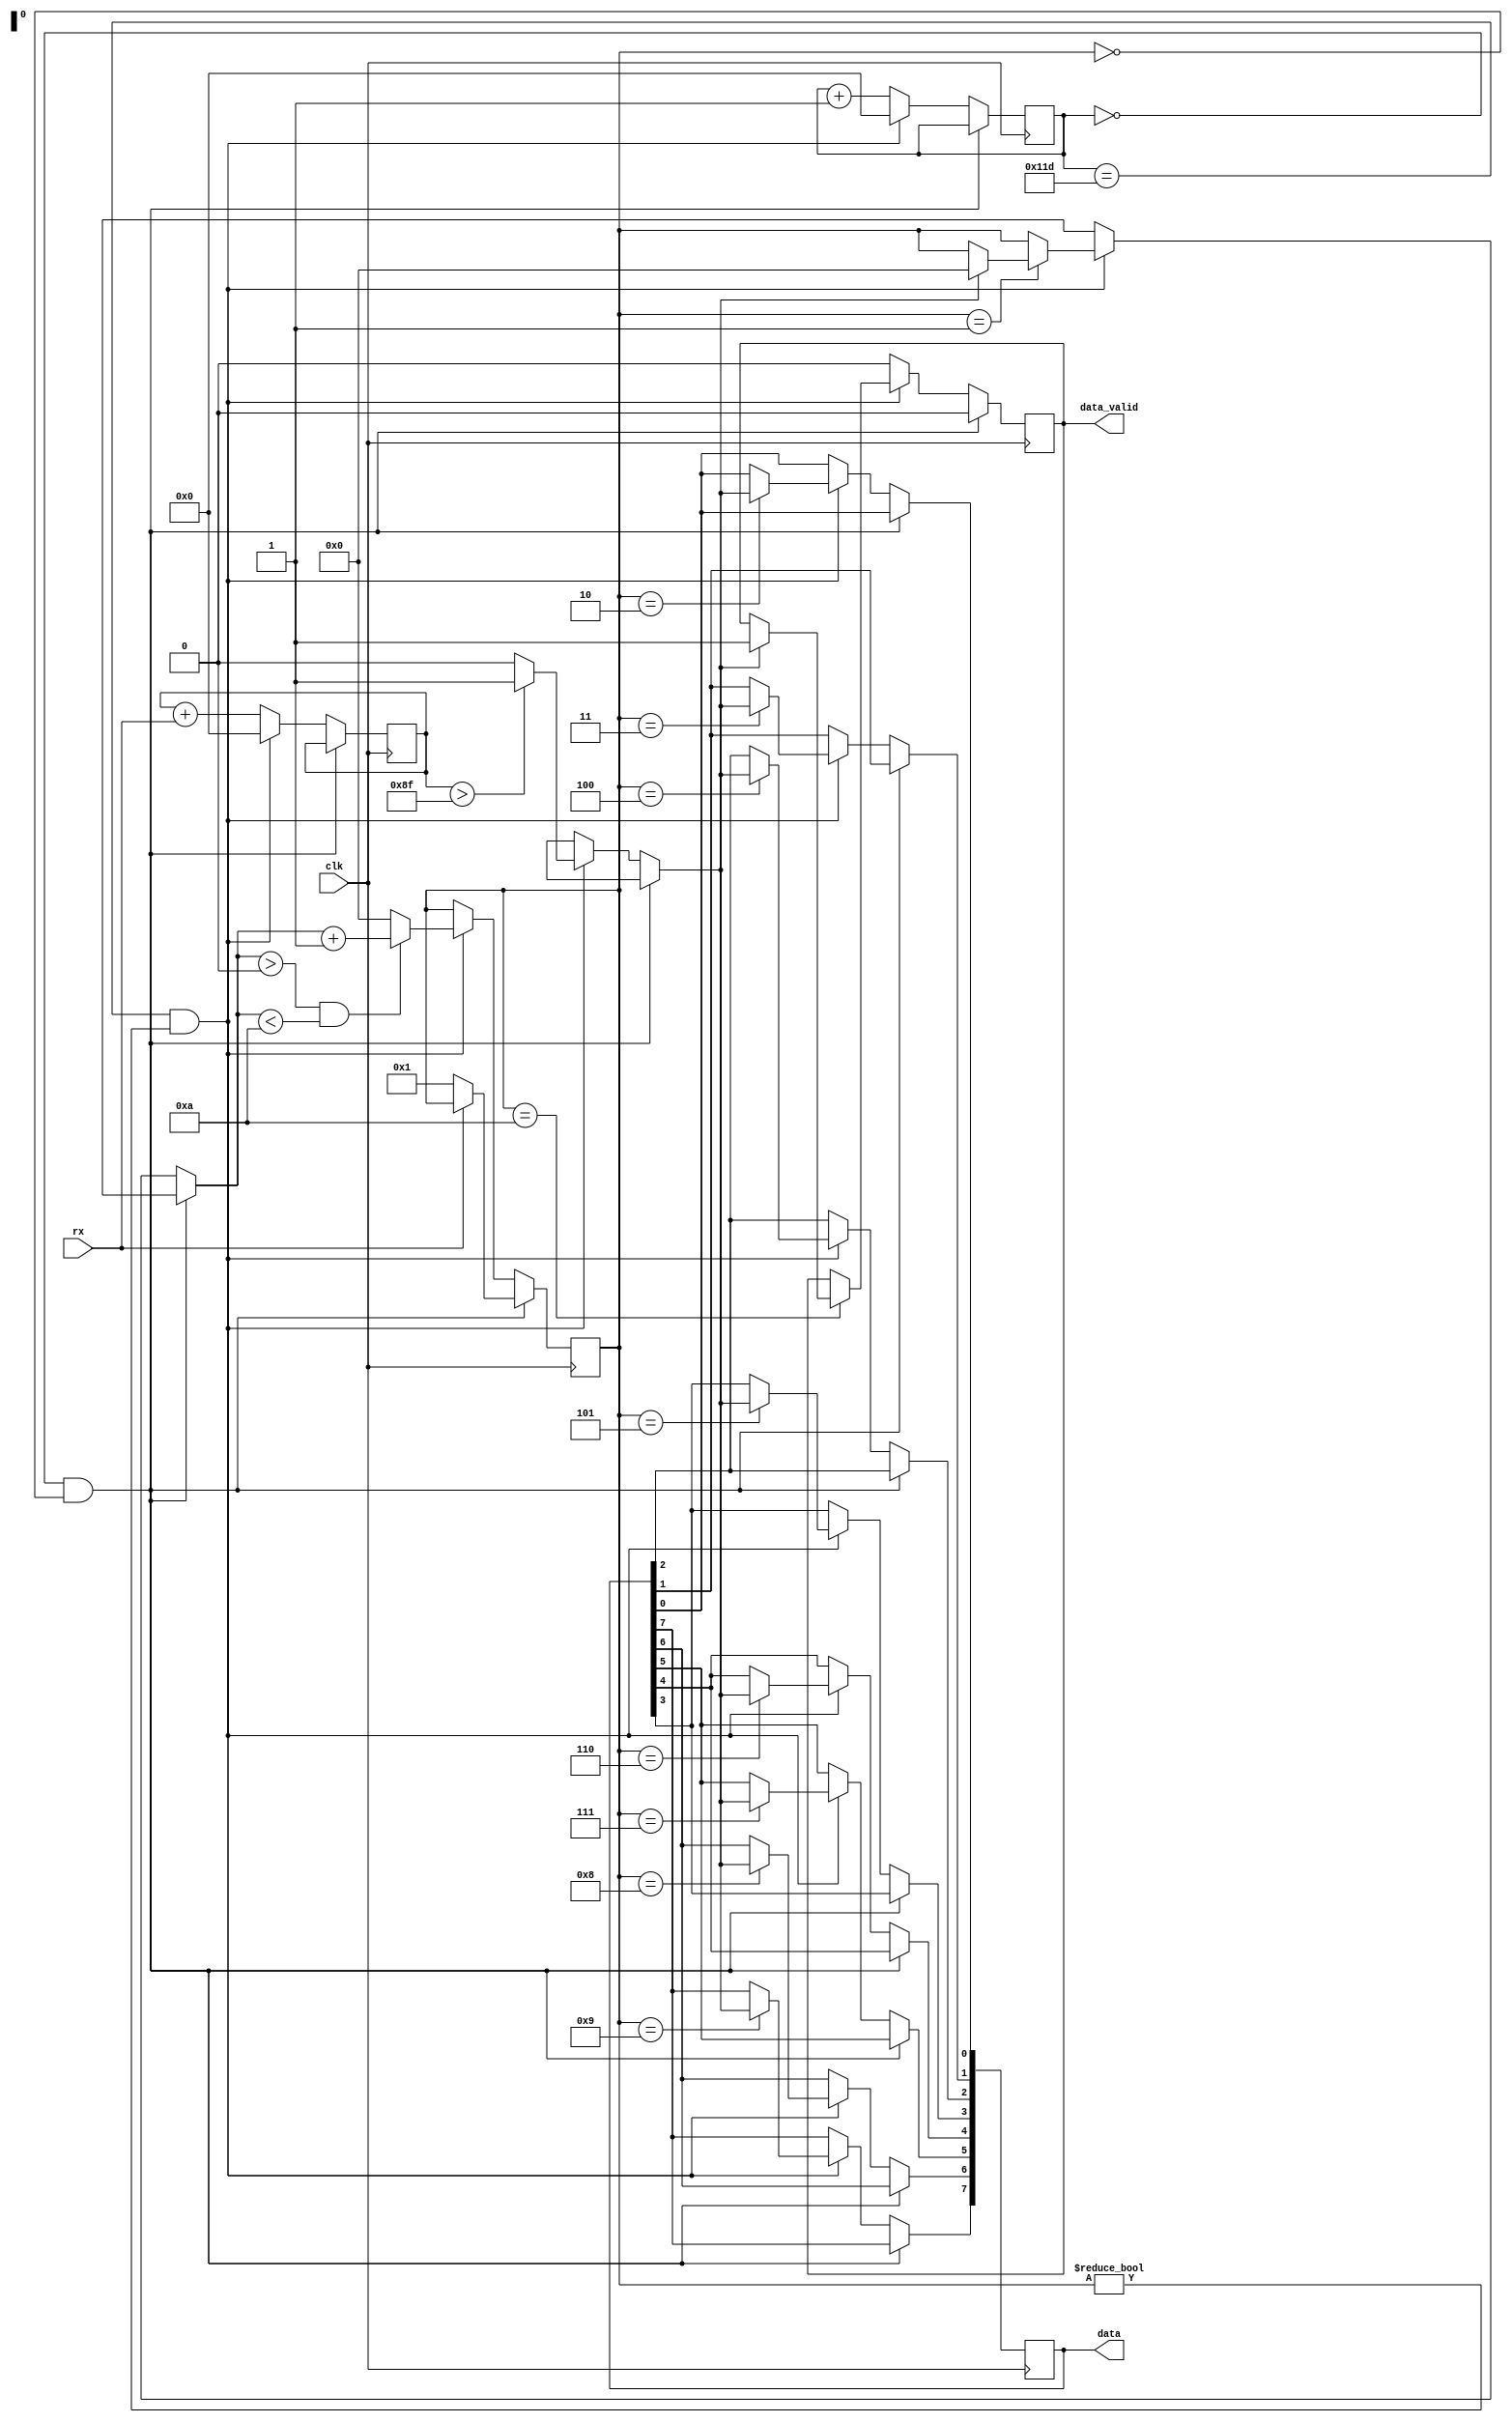
/*
 * UART receiver.
 * Hardwired to 115200 8-N-1 with 33 MHz clock source (see inline comments).
 *
 * Copyright (C) 2017 Lubomir Rintel <lkundrak@v3.sk>
 * Distributed under the terms of GPLv2 or (at your option) any later version.
 */

module uart_rx (
	clk,
	data,
	data_valid,
	rx
);
	input clk;
	output [7:0] data;
	output data_valid;
	input rx;

	reg [7:0] data = 8'h7a;
	reg data_valid = 0;

	// 286 * 115200 = 32947200 MHz
	parameter DIVISOR = 286;
	reg [8:0] divisor = 0;
	reg [8:0] counter;

	parameter IDLE = 0;
	parameter START = 1;
	parameter DATA0 = 2;
	parameter DATA1 = 3;
	parameter DATA2 = 4;
	parameter DATA3 = 5;
	parameter DATA4 = 6;
	parameter DATA5 = 7;
	parameter DATA6 = 8;
	parameter DATA7 = 9;
	parameter STOP = 10;
	reg [3:0] state = IDLE;

	reg bit;

	always @(negedge clk)
	begin
		if (divisor == 0 && state == IDLE)
		begin
			data_valid <= 0;
			if (rx == 0)
				state <= START;
		end
		else if (divisor == DIVISOR - 1 && state != IDLE)
		begin
			if (counter > 143)
				bit = 1;
			else
				bit = 0;
			divisor <= 0;
			case (state)
			START: if (bit != 0)
				state = IDLE;
			DATA0: data[0] <= bit;
			DATA1: data[1] <= bit;
			DATA2: data[2] <= bit;
			DATA3: data[3] <= bit;
			DATA4: data[4] <= bit;
			DATA5: data[5] <= bit;
			DATA6: data[6] <= bit;
			DATA7: data[7] <= bit;
			STOP: if (bit == 1)
				data_valid <= 1;
			endcase
			//$display("UARTCLK: [%d] (%d) {%d} <%x>:%d", state, divisor, rx, data, data_valid);
			if (state > IDLE && state < STOP)
				state = state + 1;
			else
				state = IDLE;
			counter <= 0;
		end
		else
		begin
			data_valid <= 0;
			divisor <= divisor + 1;
			counter <= counter + rx;
		end
	end
endmodule